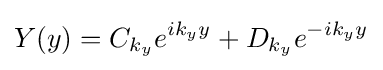
Y(y)=C_{k_{y}}e^{ik_{y}y}+D_{k_{y}}e^{-ik_{y}y}